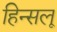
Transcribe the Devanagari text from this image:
हिन्सलू